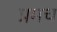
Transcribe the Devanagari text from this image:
प्रमच